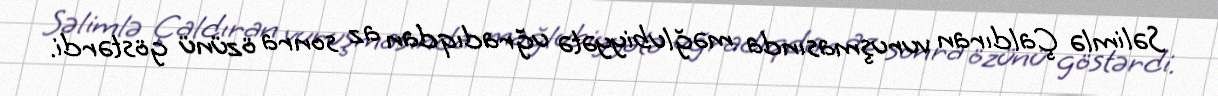
Səlimlə Çaldıran vuruşmasında məğlubiyyətə uğradıqdan az sonra özünü göstərdi.